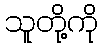
သူတို့ကို